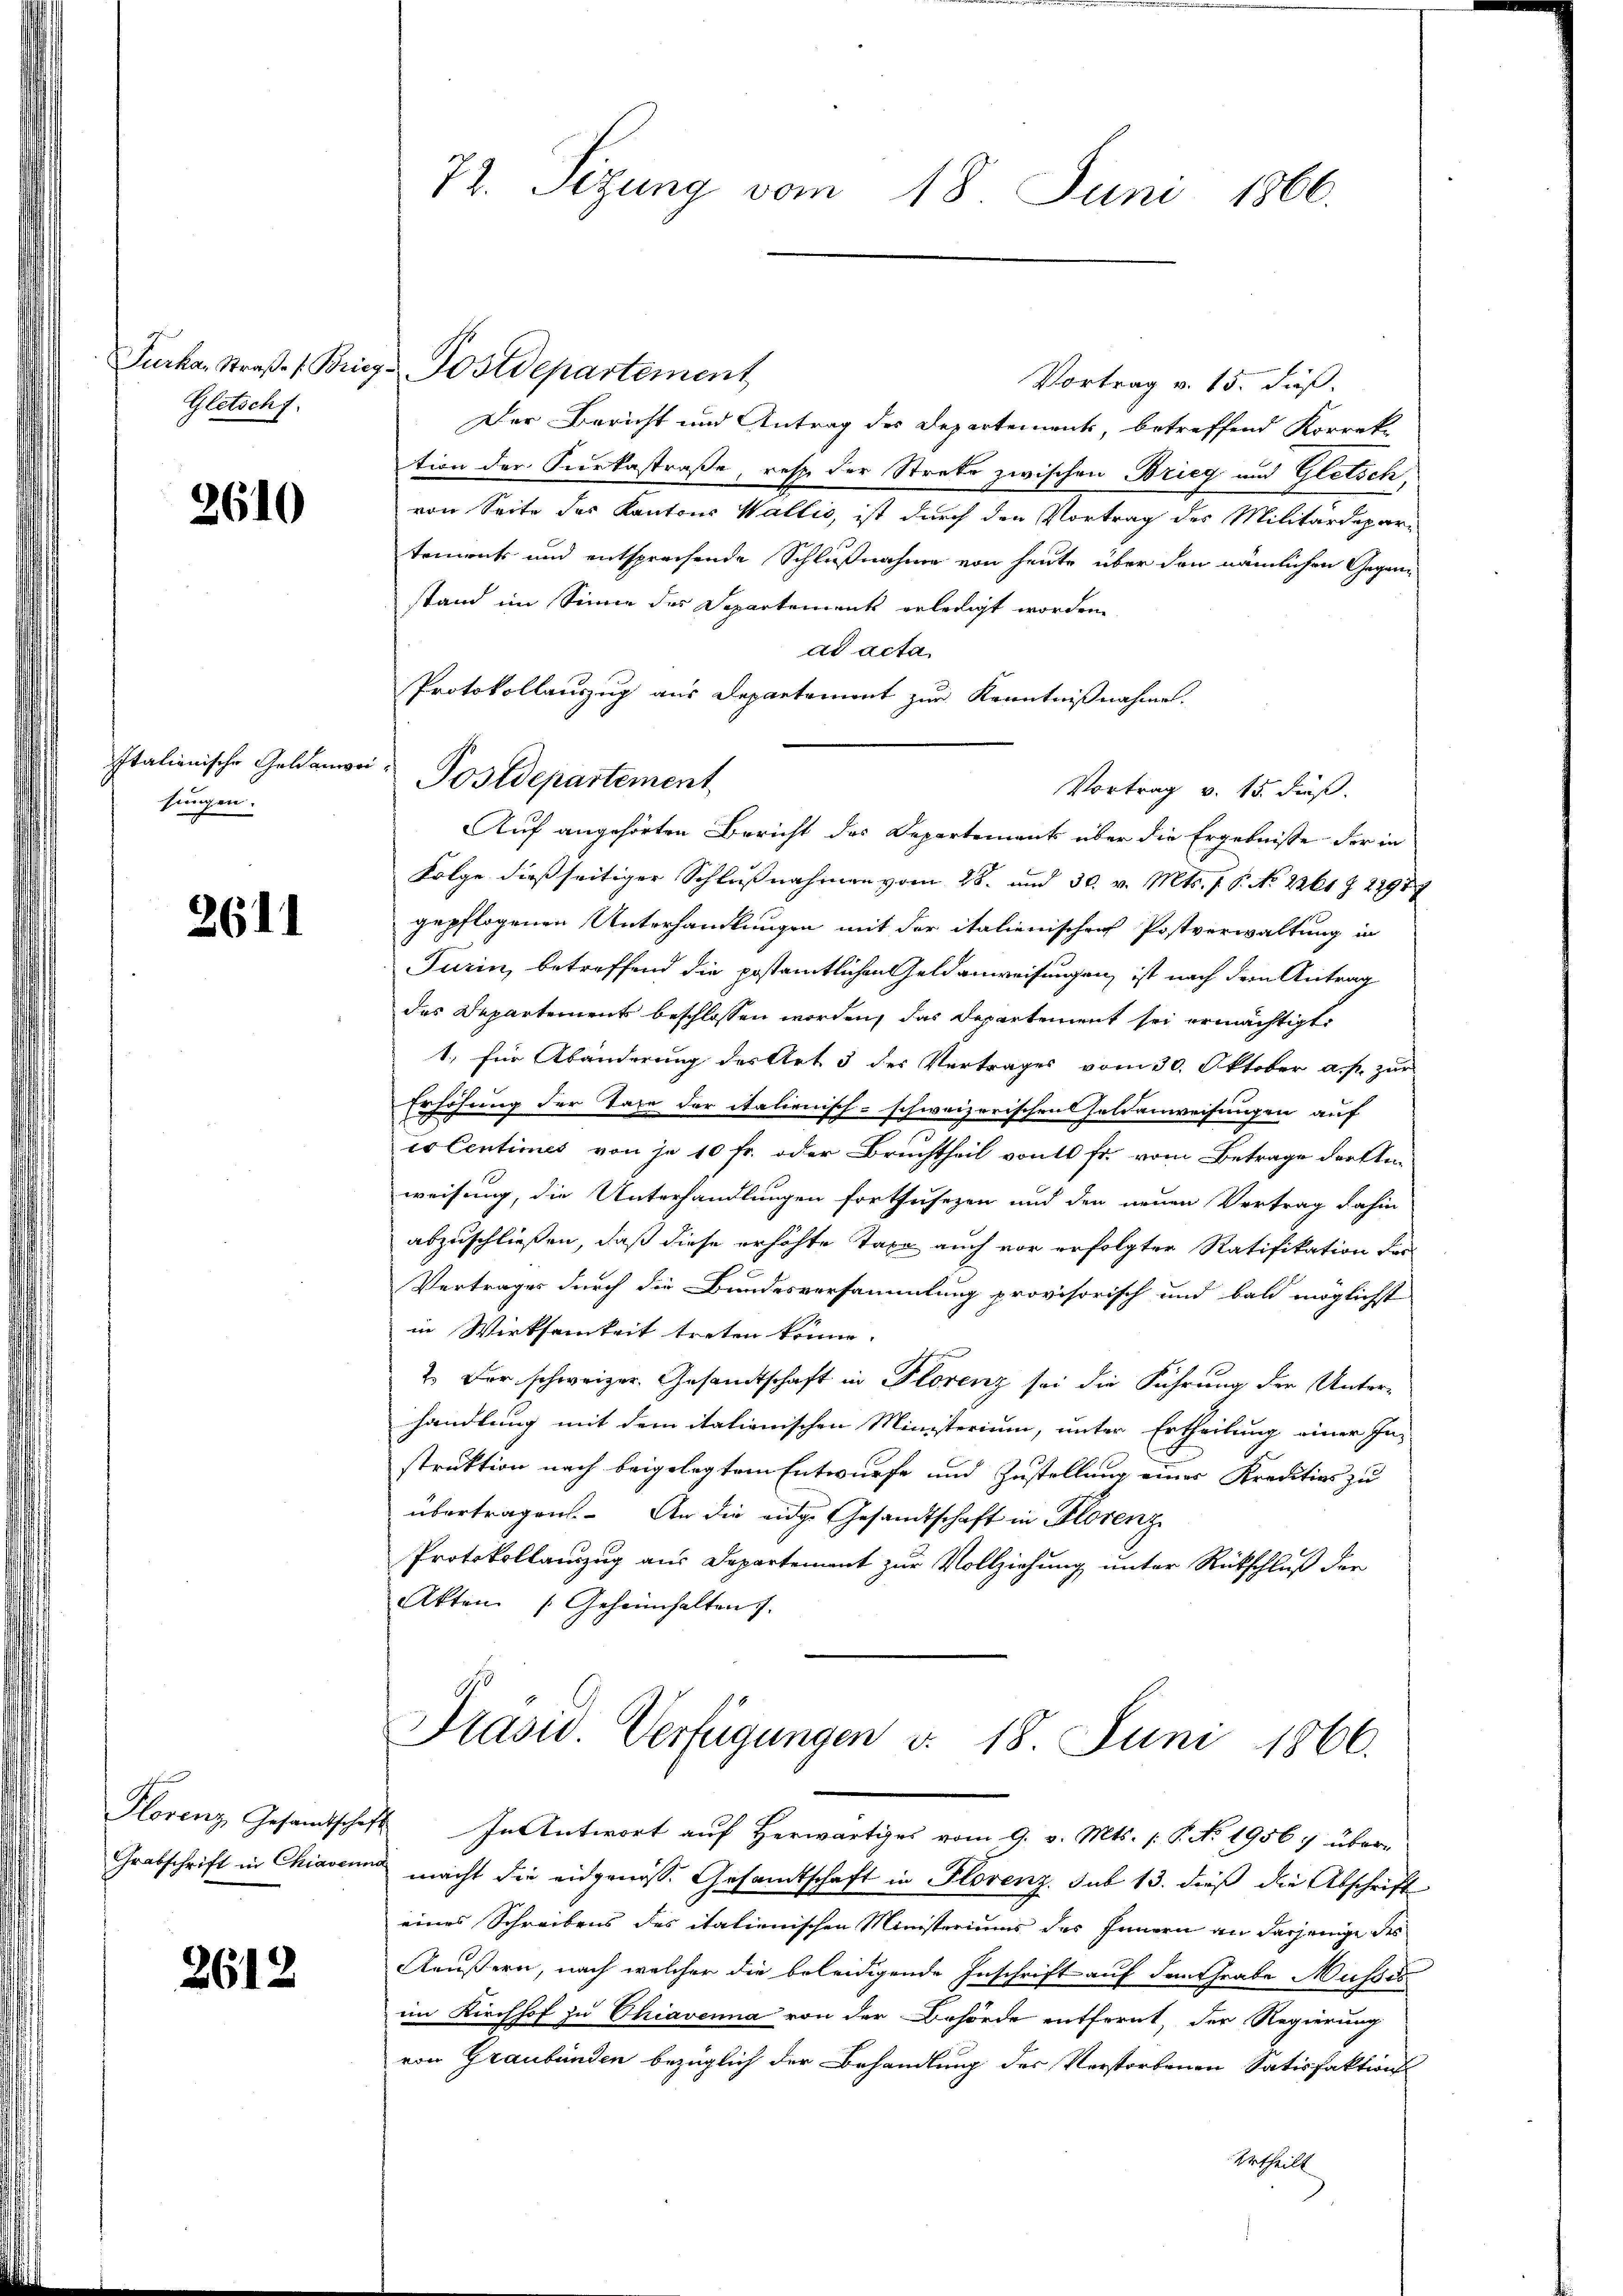
Gletschf

2610

Italionische Geldanweisungen.

2611

Grabschrift in Chiavenn

2612

Furka, Straβe " Brieg Postdepartement
Vortrag v. 15. dieß.
Der Bericht und Antrag des Departements, betreffend Korrek
tion der Furkastraße, resp. der Streke zwischen Brieg und Gletsch,
von Seite des Kantons Wallis, ist durch den Vortrag des Militärdepar-
tements und entsprechende Schlußnahme von heute über den nämlichen Gegenstand im Sinne des Departements erledigt worden
ad acta
Protokollauszug aus Departement zur Kenntnißnahme.
Auf angehörten Bericht des Departements über die Ergebnisse der in
Folge dießseitiger Schlußnahmen vom 28. und 30. v. Mts. f. 6. No 2261 f 22987
gepflogenen Unterhandlungen mit der italienischen Postverwaltung in
Turin, betreffend die postamtlichen Geldanweisungen, ist nach dem Antrag
des Departement beschlossen worden, das Departement sei ermächtigt,
1. für Abänderung des Art 3 des Vertrages vom 30. Oktober a. p. zur
Erhöhung der Taxe der italienisch-schweizerischen Feldanweisungen auf
u
co Centimes von je 10 fr. oder Bruchtheil von 10 fr. vom Betrage der Amweisung, die Unterhandlungen fortzusezen und den neuen Vertrag dahin
abzuschließen, daß diese erhöhte Taxe auch vor erfolgter Ratifikation der
s
Vertrages durch die Bundesversammlung provisorisch und bald möglichst
in Wirksamkeit treten könne. |
2. Der schweizer. Gesandtschaft in Florenz sei die Führung der Unterhandlung mit dem italienischen Ministerium, unter Ertheilung einer In-
struktion nach beigelegtem Entwurfe und Zustellung einer Kreditios zu
übertragen. An die eige Gesandtschaft in Florenz
Protokollauszug aus Departement zur Vollziehung unter Rückschluß der
Akten Geheimhalten.

72. Sizung vom 18. Juni 1866.

Postdepartement

Vortrag v. 15. Fieß.

Prasis. Verfügungen v. 18. Juni 1866.

Plorenz Gesamtschaft In Antwort aŭf herwärtiges vom 9. v. Mts. /: P. No. 19567 übermacht die eidgenöss. Gesandtschaft in Florenz. sub 13. dieß die Abschrift
eines Schreibens des italienischen Ministeriums des Innern an dasjenige des
Aäußern, nach welcher die beleidigende Inschrift auf den Grabe Musses
im Kirchhof zu Chiavenna von der Behörde entfernt, der Regierung
von Graubünden bezüglich der Behandlung des Verstorbenen Satisfaktion
Urtheilt